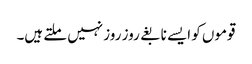
قوموں کو ایسے نابغے روز روز نہیں ملتے ہیں۔